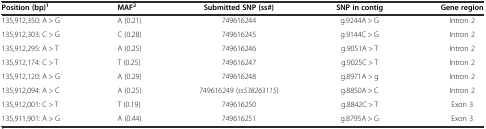
<table><thead><tr><td><b>Position (bp)<sup>1</sup></b></td><td><b>MAF<sup>2</sup></b></td><td><b>Submitted SNP (ss#)</b></td><td><b>SNP in contig</b></td><td><b>Gene region</b></td></tr></thead><tbody><tr><td>135,912,350: A &gt; G</td><td>A (0.21)</td><td>749616244</td><td>g.9244A &gt; G</td><td>Intron 2</td></tr><tr><td>135,912,303: C &gt; G</td><td>C (0.28)</td><td>749616245</td><td>g.9144C &gt; G</td><td>Intron 2</td></tr><tr><td>135,912,295: A &gt; T</td><td>A (0.25)</td><td>749616246</td><td>g.9051A &gt; T</td><td>Intron 2</td></tr><tr><td>135,912,174: C &gt; T</td><td>T (0.25)</td><td>749616247</td><td>g.9025C &gt; T</td><td>Intron 2</td></tr><tr><td>135,912,120: A &gt; G</td><td>A (0.29)</td><td>749616248</td><td>g.8971A &gt; g</td><td>Intron 2</td></tr><tr><td>135,912,094: A &gt; C</td><td>A (0.25)</td><td>749616249 (<i>ss538263115</i>)</td><td>g.8850A &gt; C</td><td>Intron 2</td></tr><tr><td>135,912,001: C &gt; T</td><td>T (0.19)</td><td>749616250</td><td>g.8842C &gt; T</td><td>Exon 3</td></tr><tr><td>135,911,901: A &gt; G</td><td>A (0.44)</td><td>749616251</td><td>g.8795A &gt; G</td><td>Exon 3</td></tr></tbody></table>